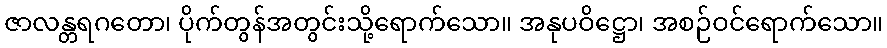
ဇာလန္တရဂတော၊ ပိုက်တွန်အတွင်းသို့ရောက်သော။ အနုပဝိဋ္ဌော၊ အစဉ်ဝင်ရောက်သော။